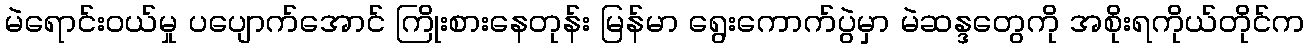
မဲရောင်းဝယ်မှု ပပျောက်အောင် ကြိုးစားနေတုန်း မြန်မာ ရွေးကောက်ပွဲမှာ မဲဆန္ဒတွေကို အစိုးရကိုယ်တိုင်က